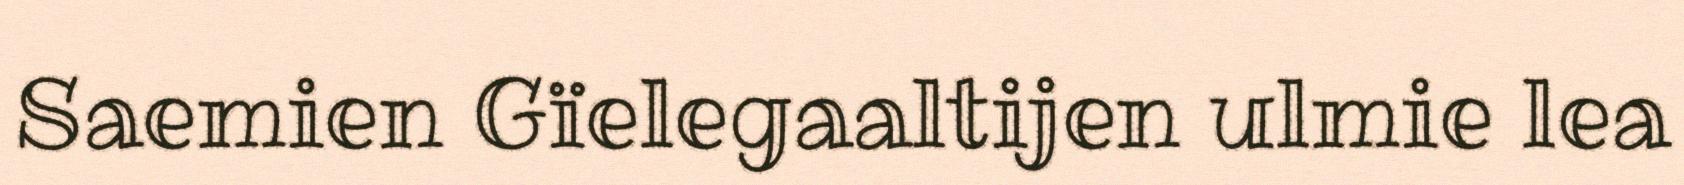
Saemien Gïelegaaltijen ulmie lea